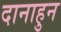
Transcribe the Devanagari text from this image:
दानाहुन